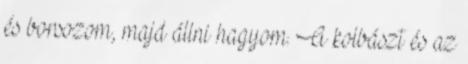
és borsozom, majd állni hagyom. A kolbászt és az